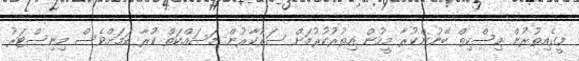
މީގެއިތުރުން މިސްކިތް ބޭނުންކުރާ މީހުން އިތުރުކުރުމަށް ސަރުކާރުން މަސައްކަތް ކުރާ ކަމަށްވެސް މިނިސްޓަރު